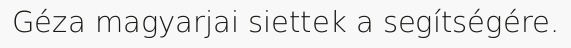
Géza magyarjai siettek a segítségére.